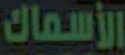
الأسماك